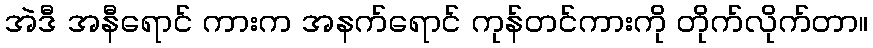
အဲဒီ အနီရောင် ကားက အနက်ရောင် ကုန်တင်ကားကို တိုက်လိုက်တာ။